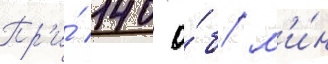
Пр'и́ 140 о́б/ м'и́н